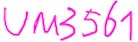
Text: um3651